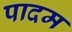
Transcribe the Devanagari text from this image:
पादम